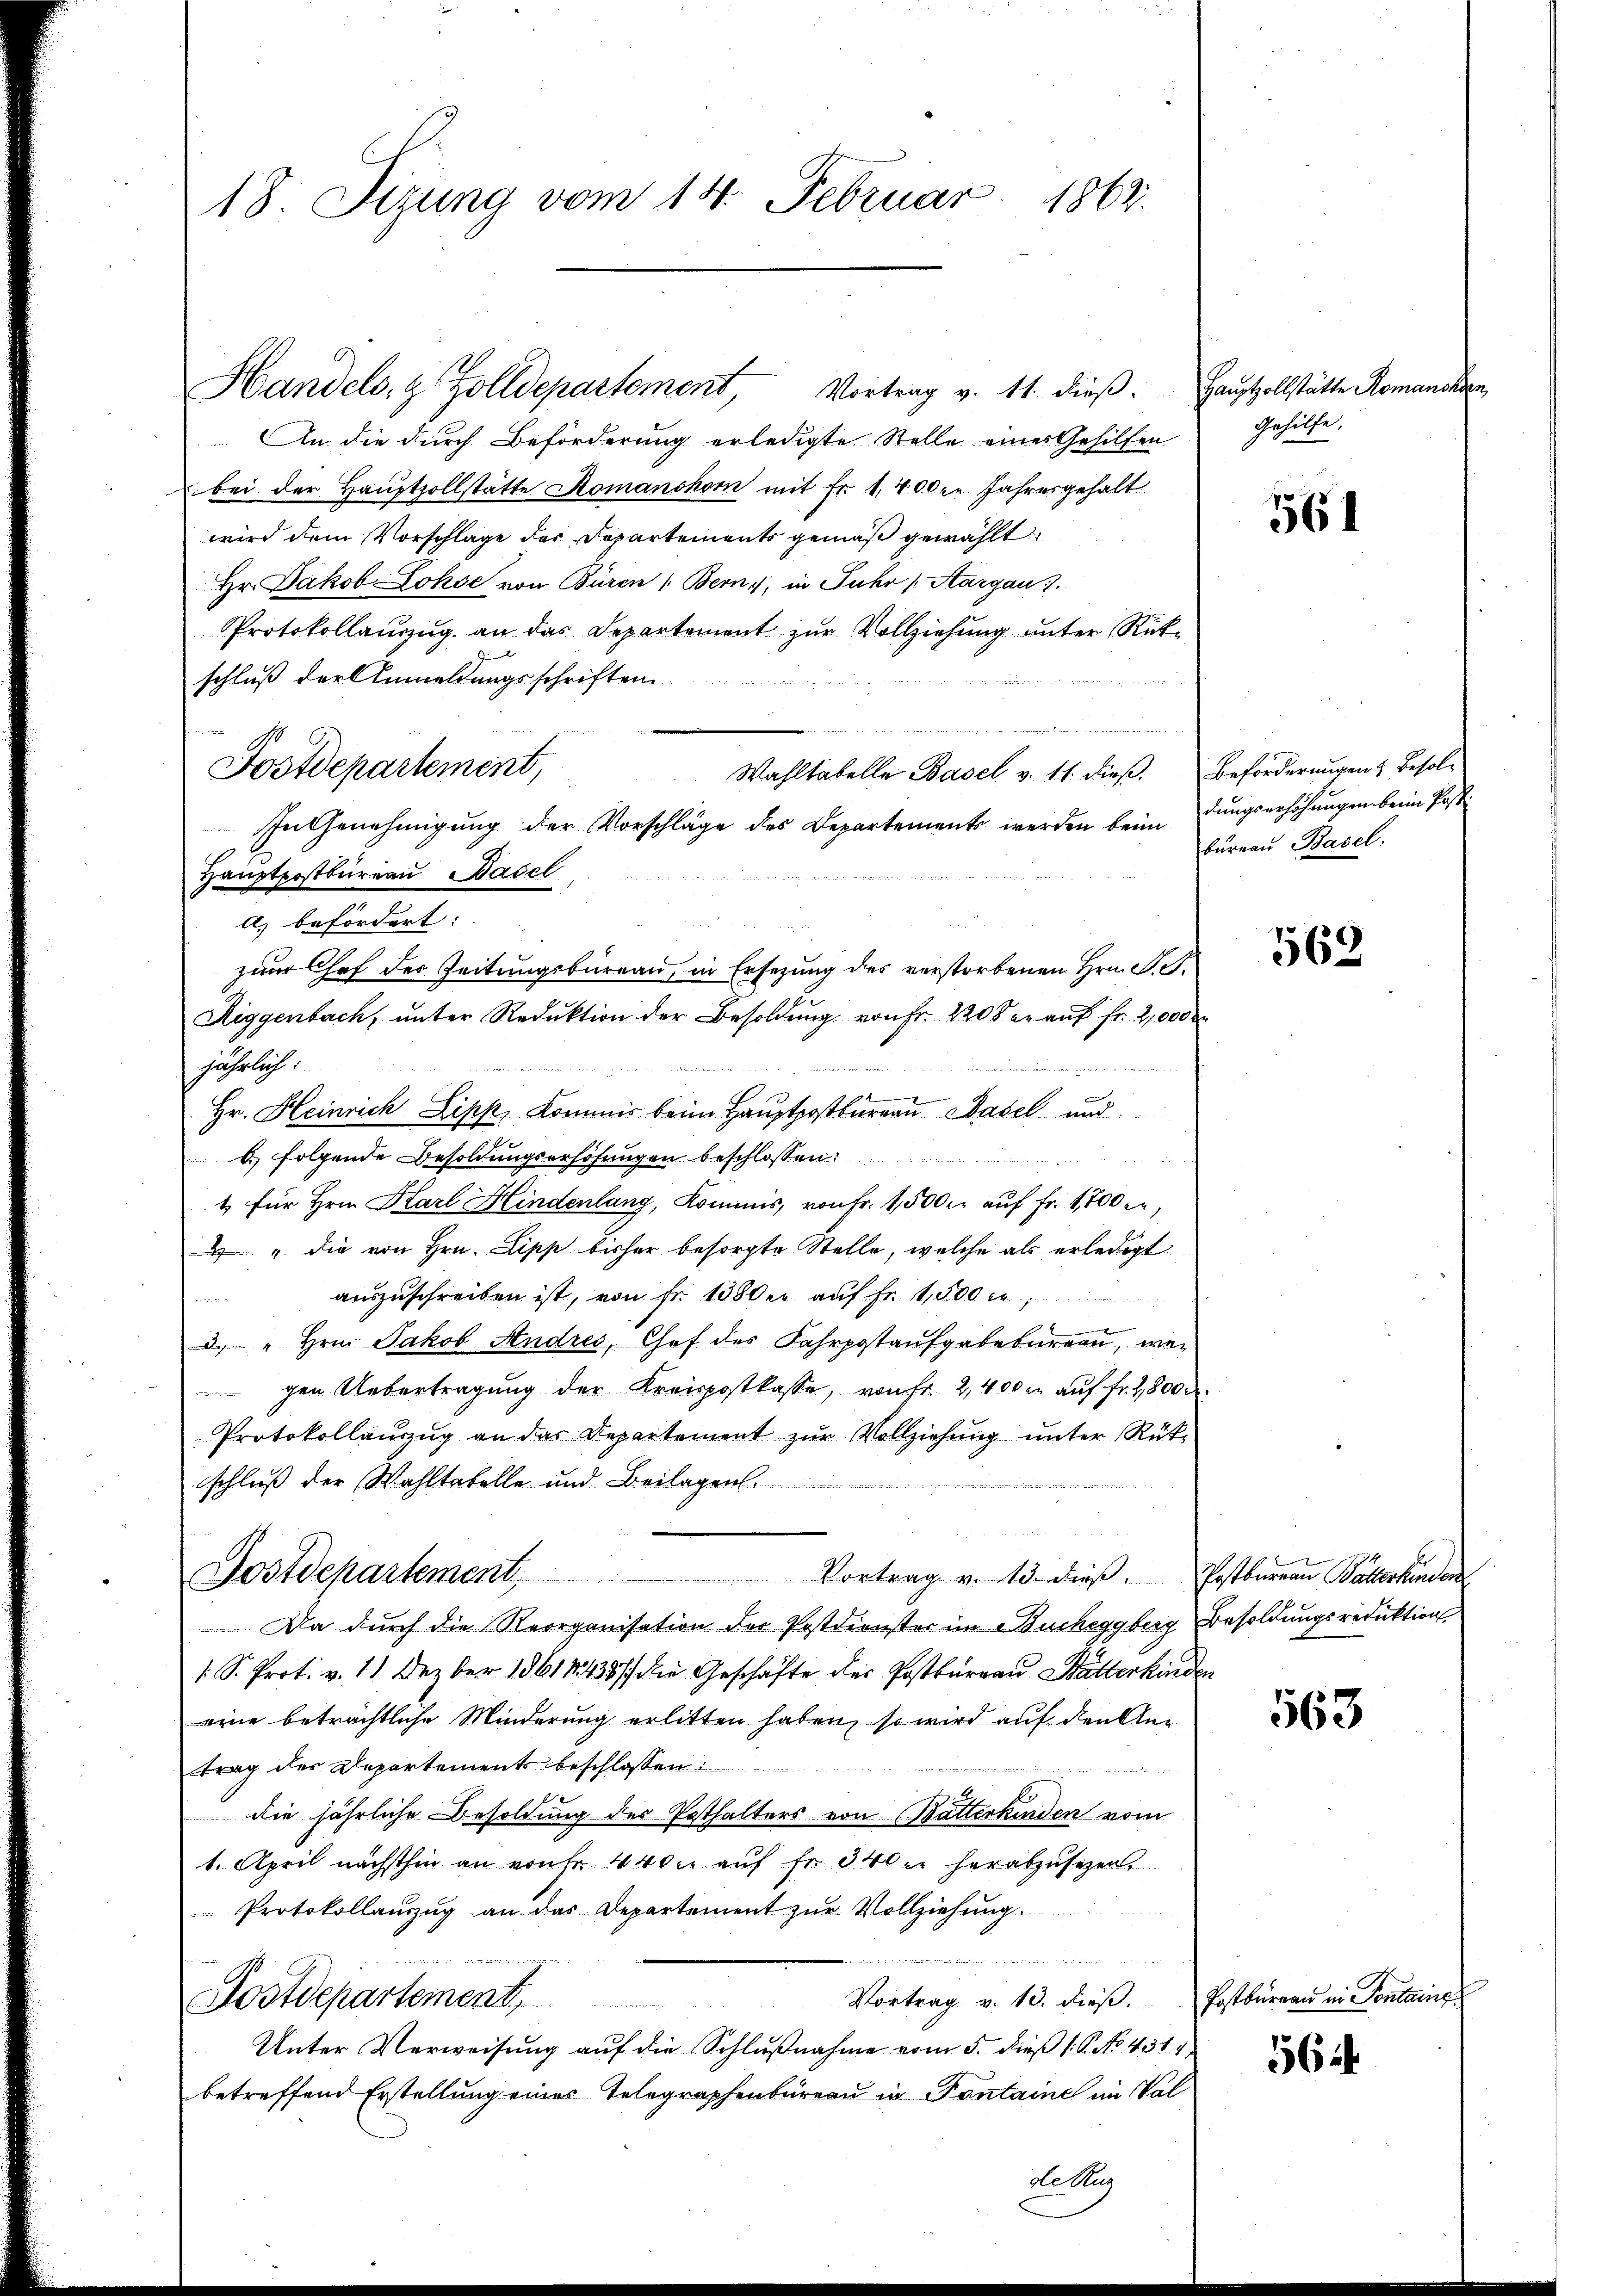
Handels- & Zolldepartement, Vortrag v. 11. dieβ. Hauptzollstätte Romans
An die durch Beförderung erledigte Stelle eines Gehilfen
bei der Hauptzollstätte Romanskom mit Fr. 1400. Jahresgehalt
wird dem Vorschlage der Departements gemäß gewählt
Hr. Jakob Lohse von Büren (Bern, in Fuhr (Aargau).
Protokollauszug an das Departement zur Vollziehung unter Rükschluß der Anmeldungsschriften

Wahltabelle Basel v. 11. dieß. Beförderungen & Besol¬
In Genehmigung der Vorschläge des Departements werden beim
Hauptpostbureau Basel
A. befördert:
zum Chef der Zeitungsbureau, in Ersezung des verstorbenen Hrn. P. G.
Riggenbach, unter Reduktion der Besoldung von Fr. 2200 er auf Fr. 2,000
jährlich:
2
Hr. Heinrich Lipp, Kommis beim Hauptpostbureau Basel und
 Folgende Besoldungserhöhungen beschlossen:
1 für Hrn. Karl Hindenlang, Kommis, von Fr. 1,500 r auf Fr. 1700 fn,
4 " die von Hrn. Lipp bisher besorgte Stelle, welche als erledigt
auszuschreiben ist, von Fr. 1300 er auf Fr. 1,500 c
3. " Hrn. Jakob Andres, Chef des Fahrpostaufgabebureau, wen
gen Uebertragung der Kreispostkasse, von Fr. 2,400 m auf Fr. 2800
Protokollauszug an das Departement zur Vollziehung unter Rükschluß der Wahltabelle und Beilagen.
Postdepartement, Vortrag v. 13. dieβ. Postbaren Butterkinden
Da durch die Reorganisation der Postdienster im Bucheggberg Besoldungsreduktion
1 S. Prot. v. 11 Dezber 1861438/ die Geschäfte der Postbureau Butterkinden
eine beträchtliche Minderung erlitten haben, so wird auf denken
ttrag der Departements beschlossen:

die jährliche Besoldung des Pesthalters von Batterkinden vom
1. April nächsthin an von fr. 440. aŭf fr. 340 u. herabzŭsezen.
Protokollauszug an das Departement zur Vollziehung.

u
Vortrag v. 13. dieβ. Postbüreau in Sontaing
Postdepartement,
Unter Verweisung auf die Schlußnahme vom 5. dieß (. P. No 431. 1
betreffend Erstellung eines Telegraphenbüreau in Fontaine im Val

18 Sizung vom 14. Februar 1863.

Postdepartement,

de Aug

Gehilfe.

561

dungserhöhungen beim Postbureau Basel.

563

563

564